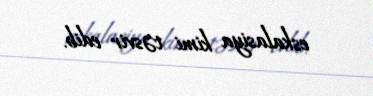
eskalasiya kimi təsvir edib.